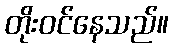
တိုးဝင်နေသည်။